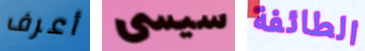
أعرف سيسى الطائفة